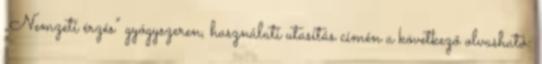
„Nemzeti érzés” gyógyszeren, használati utasítás címén a következő olvasható: